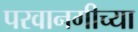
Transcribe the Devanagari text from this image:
परवानगीच्या